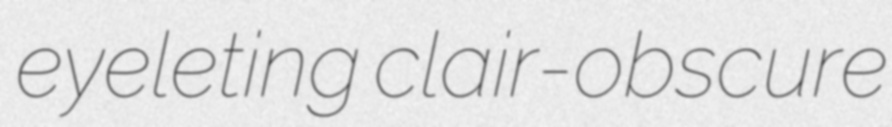
eyeleting clair-obscure